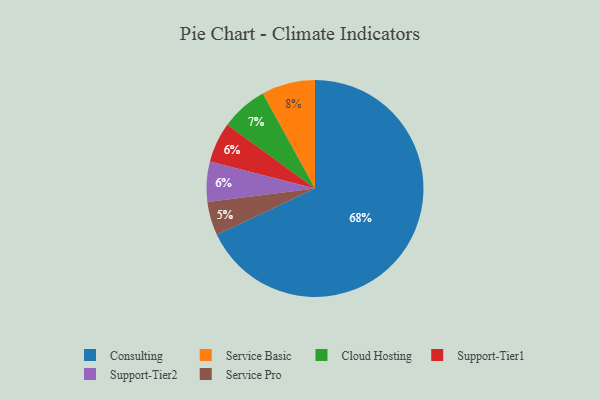
{"axis": {"x": "Category", "y": "Percentage"}, "legend": ["Cloud Hosting", "Consulting", "Service Basic", "Service Pro", "Support-Tier1", "Support-Tier2"], "data": [{"x": "Support-Tier1", "y": 6, "type": "Support-Tier1"}, {"x": "Service Pro", "y": 5, "type": "Service Pro"}, {"x": "Consulting", "y": 68, "type": "Consulting"}, {"x": "Service Basic", "y": 8, "type": "Service Basic"}, {"x": "Cloud Hosting", "y": 7, "type": "Cloud Hosting"}, {"x": "Support-Tier2", "y": 6, "type": "Support-Tier2"}]}